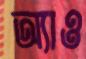
অ্যাও